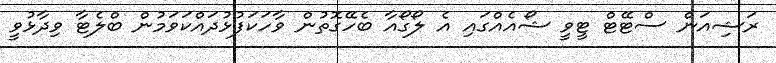
ރަޝިއަން ސްޓޭޓް ޓީވީ ޝޯއެއްގައި އެ ލޯގޯއާ ބެހޭގޮތުން ވާހަކަފުޅުދައްކަވަމުން ބްލެޓާ ވިދާޅުވީ